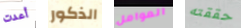
أعدت الذكور العوامل حققته